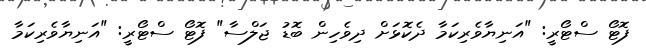
ފޮޓޯ ސްޓޯރީ: "އަނިޔާވެރިކަމާ ދެކޮޅަށް ދިވެހިން ބޮޑު ޖަލްސާ" ފޮޓޯ ސްޓޯރީ: "އަނިޔާވެރިކަމާ